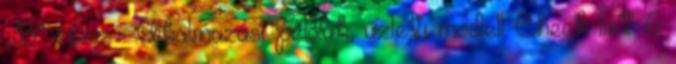
„B” rész - Alkalmazási példák, üzleti modell Check-list 6